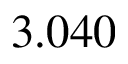
3 . 0 4 0